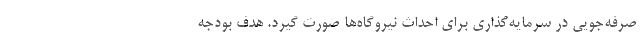
صرفه‌جویی در سرمایه‌گذاری برای احداث نیروگاه‌ها صورت گیرد. هدف بودجه